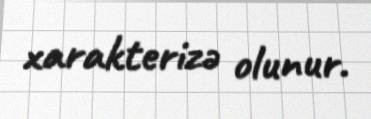
xarakterizə olunur.